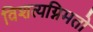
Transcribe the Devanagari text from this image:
विशत्यग्निमतो